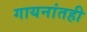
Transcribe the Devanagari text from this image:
गायनांतही